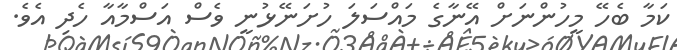
ކަމާ ބެހޭ މީހުންނަށް އޭނާގެ މައްސަލަ ހުށަނޭޅުނީ ވެސް އަސްމާއާ ހެދި އެވެ.